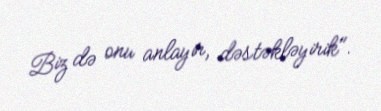
Biz də onu anlayır, dəstəkləyirik".